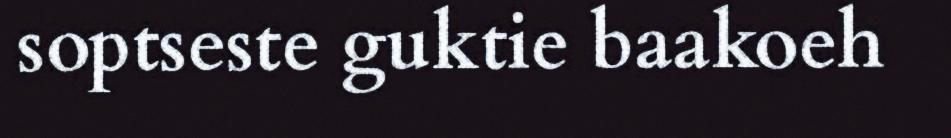
soptseste guktie baakoeh